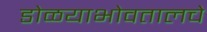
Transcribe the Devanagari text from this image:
डोळयाभोवतालचे